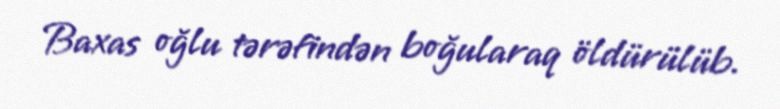
Baxas oğlu tərəfindən boğularaq öldürülüb.